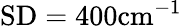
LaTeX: \mathrm{SD}=400\textrm{cm}^{-1}